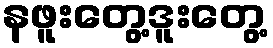
နဖူးတွေ့ဒူးတွေ့